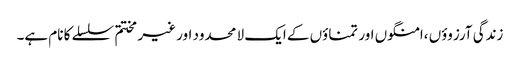
زندگی آرزوؤں ،امنگوں اور تمناؤں کے ایک لا محدود اور غیر مختتم سلسلے کا نام ہے۔